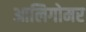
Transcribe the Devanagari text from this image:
आलिगोमर